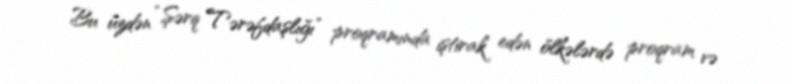
Bu üzdən “Şərq Tərəfdaşlığı” proqramında iştirak edən ölkələrdə proqram və